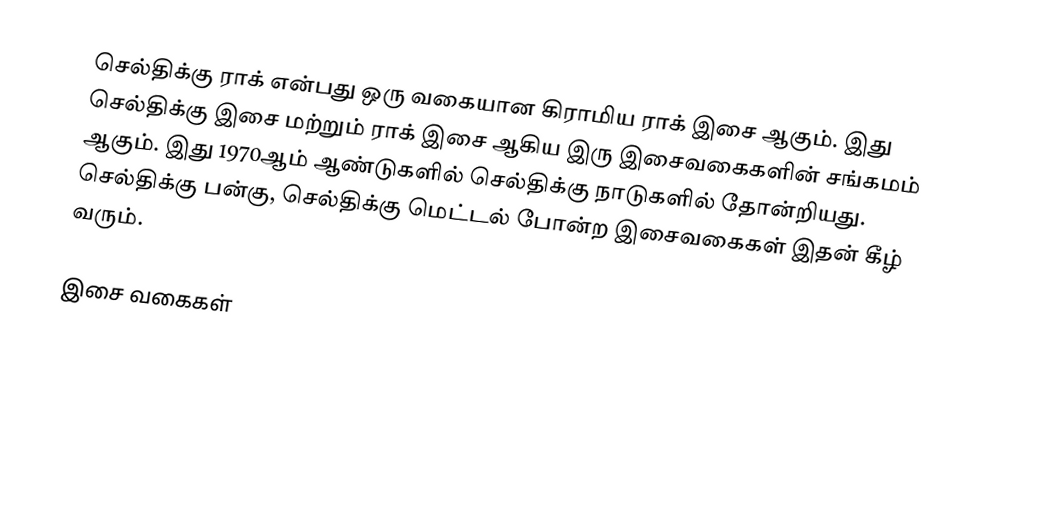
செல்திக்கு ராக் என்பது ஒரு வகையான கிராமிய ராக் இசை ஆகும். இது செல்திக்கு இசை மற்றும் ராக் இசை ஆகிய இரு இசைவகைகளின் சங்கமம் ஆகும். இது 1970ஆம் ஆண்டுகளில் செல்திக்கு நாடுகளில் தோன்றியது. செல்திக்கு பன்கு, செல்திக்கு மெட்டல் போன்ற இசைவகைகள் இதன் கீழ் வரும்.

இசை வகைகள்